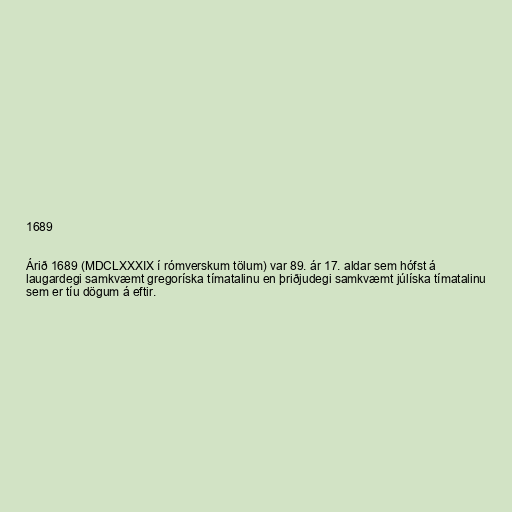
1689

Árið 1689 (MDCLXXXIX í rómverskum tölum) var 89. ár 17. aldar sem hófst á
laugardegi samkvæmt gregoríska tímatalinu en þriðjudegi samkvæmt júlíska tímatalinu
sem er tíu dögum á eftir.